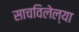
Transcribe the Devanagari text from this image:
साचविलेल्या